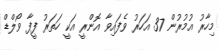
މިހާރު އުމުރުން 37 އަހަރު ވެފައިވާ އޮންރީ އަކީ ހަތަރު ފީފާ ވޯލްޑް